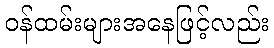
ဝန်ထမ်းများအနေဖြင့်လည်း